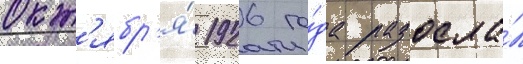
окт'ябр'я́ 1926 го́да разосла́л